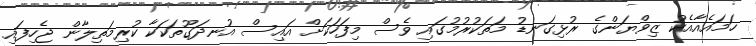
ހަަމައެއާއެކު ޒިވްޔަންގެ ރުޅިގަނޑު މަތަކުރުމުގައި ވެސް މިފަހަކަށް އައިސް އުނދަގޫތަކަކާ ކުރިމަތިލާން ޖެހިފައި